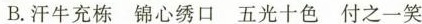
B.汗牛充栋 锦心绣口 五光十色 付之一笑